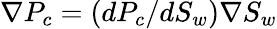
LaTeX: \nabla P_{c}=(dP_{c}/dS_{w})\nabla S_{w}